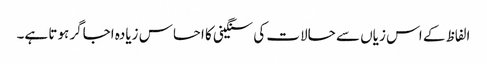
الفاظ کے اس زیاں سے حالات کی سنگینی کا احساس زیادہ اجاگر ہوتا ہے۔